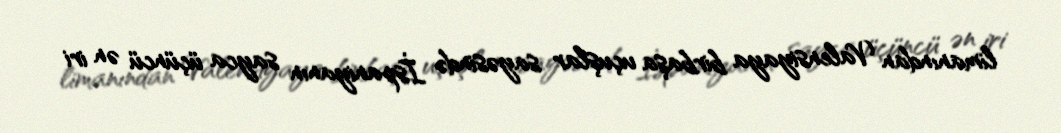
limanından Valensiyaya birbaşa uçuşlar sayəsində İspaniyanın sayca üçüncü ən iri